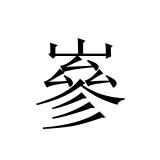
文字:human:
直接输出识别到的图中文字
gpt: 嵾